Civil Veterinary Dept. Bombay admin report 1907-1913 - 1907-1913
Year: 1907
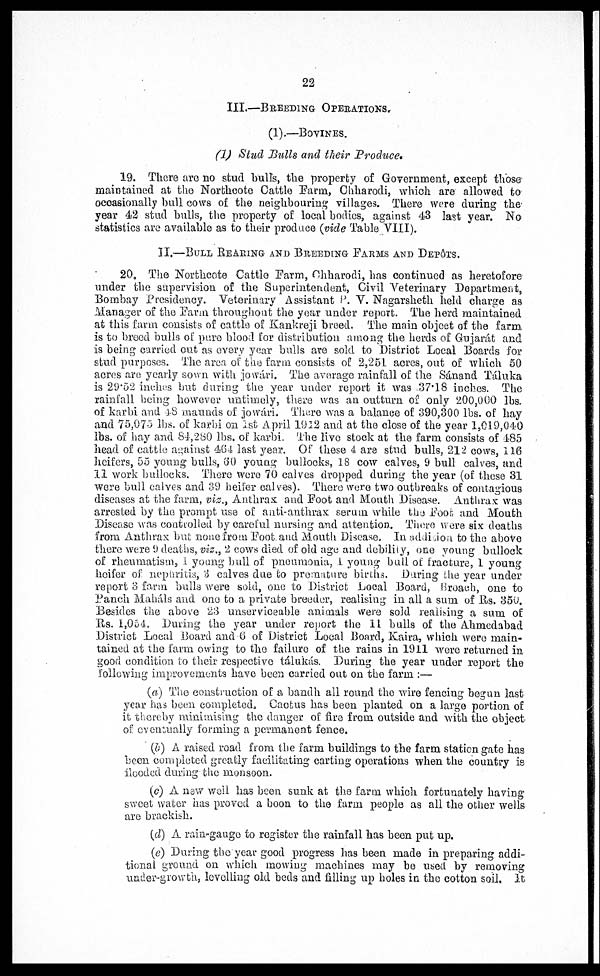
22
III.—BREEDING OPERATION
(1).—BOVINES.
(1) Stud Bulls and their Produce.
19. There are no stud bulls, the property of Government, except those
maintained at the Northcote Cattle Farm, Chharodi, which are allowed to
occasionally bull cows of the neighbouring villages. There were during the
year 42 stud bulls, the property of local bodies, against 43 last year. No
statistics are available as to their produce (vide Table VIII).
II.—BULL REARING AND BREEDING FARMS AND DEPôTS.
20. The Northcote Cattle Farm, Chharodi, has continued as heretofore
under the supervision of the Superintendent, Civil Veterinary Department,
Bombay Presidency. Veterinary Assistant P. V. Nagarsheth held charge as
Manager of the Farm throughout the year under report. The herd maintained
at this farm consists of cattle of Kankreji breed. The main object of the farm
is to breed bulls of pure blood for distribution among the herds of Gujarat and
is being carried out as every year bulls are sold to District Local Boards for
stud purposes. The area of the farm consists of 2,251 acres, out of which 50
acres are yearly sown with jowári. The average rainfall of the Sánand Táluka
is 29.52 inches but during the year under report it was 37.18 inches. The
rainfall being however untimely, there was an outturn of only 200,000 lbs.
of karbi and 48 maunds of jowári. There was a balance of 390,300 lbs. of hay
and 75,075 lbs. of karbi on 1st April 1922 and at the close of the year 1,019,040
lbs. of hay and 84,280 lbs. of karbi. The live stock at the farm consists of 485
head of cattle against 464 last year. Of these 4 are stud bulls, 212 cows, 116
heifers, 55 young bulls, 60 young bullocks, 18 cow calves, 9 bull calves, and
11 work bullocks. There were 70 calves dropped during the year (of these 31
were bull calves and 39 heifer calves). There were two outbreaks of contagious
diseases at the farm, viz., Anthrax and Foot and Mouth Disease. Anthrax was
arrested by the prompt use of anti-anthrax serum while the Foot and Mouth
Disease was controlled by careful nursing and attention. There were six deaths
from Anthrax but none from Foot and Mouth Disease. In addition to the above
there were 9 deaths, viz., 2 cows died of old age and debility, one young bullock
of rheumatism, 1 young bull of pneumonia, 1 young bull of fracture, 1 young
heifer of nephritis, 3 calves due to premature births. During the year under
report 3 farm bulla were sold, one to District Local Board, Broach, one to
Panch Mahals and one to a private breeder, realising in all a sum of Rs. 350.
Besides the above 23 unserviceable animals were sold realising a sum of
Ms. 1,054. During the year under report the 11 bulls of the Ahmedabad
District Local Board and 6 of District Local Board, Kaira, which were main-
tained at the farm owing to the failure of the rains in 1911 were returned in
good condition to their respective tálukás. During the year under report the
following improvements have been carried out on the farm:—
(a) The construction of a bandh all round the wire fencing begun last
year has been completed. Cactus has been planted on a large portion of
it thereby minimising the danger of fire from outside and with the object
of eventually forming a permanent fence.
(b) A raised road from the farm buildings to the farm station gate has
been completed greatly facilitating carting operations when the country is
flooded during the monsoon.
(c) A new well has been sunk at the farm which fortunately having
sweet water has proved a boon to the farm people as all the other wells
are brackish.
(d) A rain-gauge to register the rainfall has been put up.
(e) During the year good progress has been made in preparing addi-
tional ground on which mowing machines may be used by removing
under-growth, levelling old beds and filling up holes in the cotton soil. It